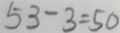
5 3 - 3 = 5 0